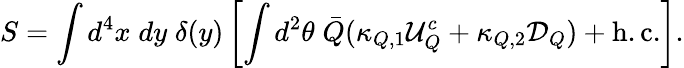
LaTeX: S=\int d^{4}x\; dy\; \delta(y)\left[\int d^{2}\theta\; \bar{Q}(\kappa_{Q,1}{\cal U}_{Q}^{c}+\kappa_{Q,2}{\cal D}_{Q})+\mathrm{h.c.}\right].